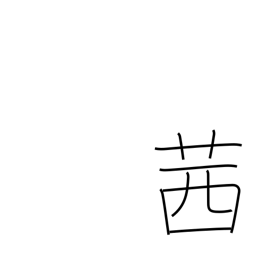
Meaning: red dye